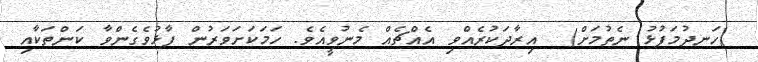
(ހަނދުމަފުޅު ނެތުމަށް)  އިރާދަކުރެއްވި އެއްޗެއް މެނުވީއެވެ. ހަމަކަށަވަރުން ފާޅުވެގެންވާ ކަންތަކާއި